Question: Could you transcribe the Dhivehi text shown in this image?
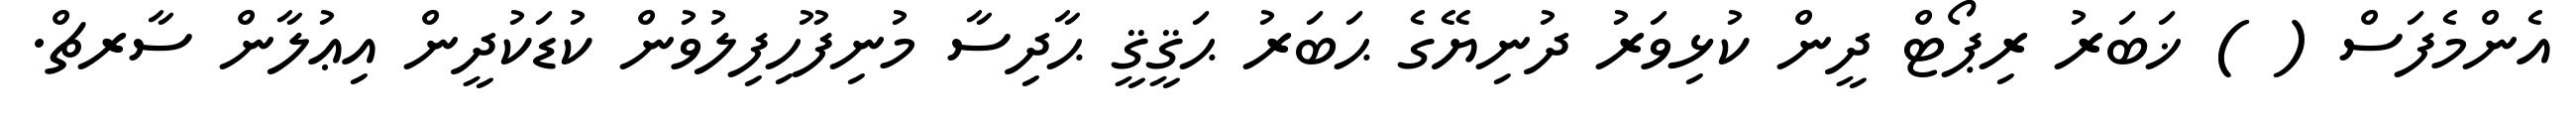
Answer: އެންމެފަސް ( ) ޚަބަރު ރިޕޯޓް ދީން ކުޅިވަރު ދުނިޔޭގެ ޙަބަރު ޙަޤީޤީ ޙާދިސާ މުނިފޫހިފިލުވުން ކުޑަކުދީން އިޢުލާން ސާރޗް.